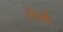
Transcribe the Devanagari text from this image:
सिखैं।